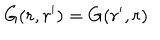
G ( r , r ^ { \prime } ) = G ( r ^ { \prime } , r )